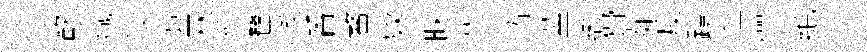
歡熾汉墓林伫鷺季番鳌欵昧荳涛莖缬猾茹渡蹟惺愕绝